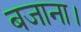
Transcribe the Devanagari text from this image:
बजाना।